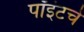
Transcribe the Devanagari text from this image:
पॉइंटचे